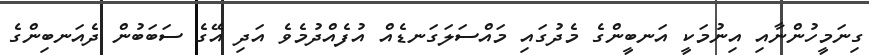
ގިނަމީހުންނާއި އިނުމަކީ އަނބީންގެ މެދުގައި މައްސަލަގަނޑެއް އުފެއްދުމެވެ އަދި އޭގެ ސަބަބުން ދެއަނބިންގެ